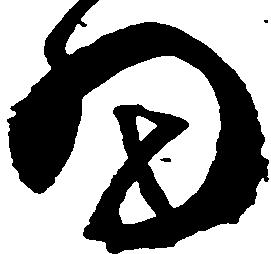
細